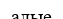
алые